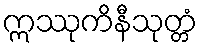
ဣဿုကိနီသုတ္တံ